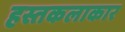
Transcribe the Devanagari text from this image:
हस्तकलाकार